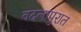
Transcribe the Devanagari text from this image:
बदलापुरात